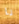
يا